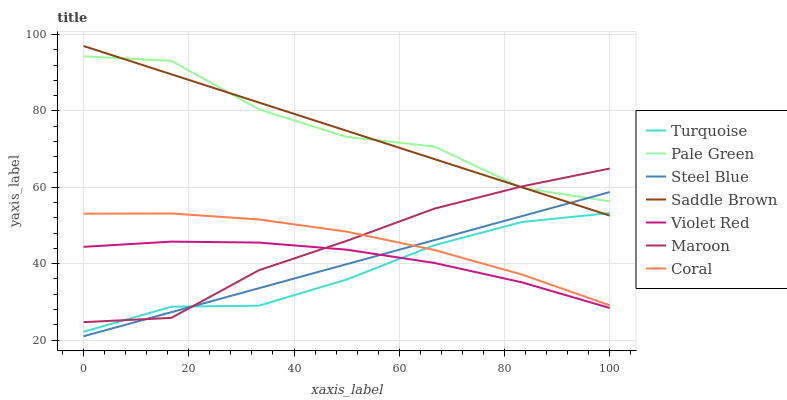
| xaxis_label | Turquoise | Pale Green | Steel Blue | Saddle Brown | Violet Red | Maroon | Coral |
 | --- | --- | --- | --- | --- | --- | --- | --- |
 | 0 | 22.2 | 94.3 | 21 | 97 | 44.4 | 24.7 | 53.1 |
 | 16.7 | 28.7 | 93.1 | 27.3 | 89.6 | 45.8 | 25.8 | 53.1 |
 | 33.3 | 29 | 80.4 | 33.6 | 82.2 | 45.5 | 38.3 | 51.6 |
 | 50 | 35.9 | 73.2 | 39.9 | 74.8 | 43.7 | 46 | 48.4 |
 | 66.7 | 44.8 | 70.7 | 46.2 | 67.4 | 40.2 | 54.4 | 43.6 |
 | 83.3 | 50.9 | 59.8 | 52.5 | 60 | 35.1 | 60.2 | 37.1 |
 | 100 | 53.3 | 56.3 | 58.8 | 52.6 | 28.4 | 64.9 | 29.1 |